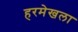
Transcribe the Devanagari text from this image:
हरमेखला